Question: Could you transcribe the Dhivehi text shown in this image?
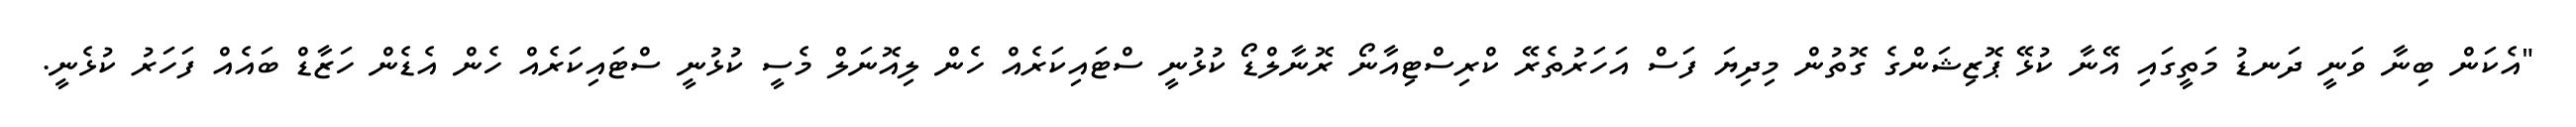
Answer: "އެކަން ބިނާ ވަނީ ދަނޑު މަތީގައި އޭނާ ކުޅޭ ޕޮޒިޝަންގެ ގޮތުން މިދިޔަ ފަސް އަހަރުތެރޭ ކްރިސްޓިއާނޯ ރޮނާލްޑޯ ކުޅުނީ ސްޓައިކަރެއް ހެން ލިއޮނަލް މެސީ ކުޅުނީ ސްޓައިކަރެއް ހެން އެޑެން ހަޒާޑް ބައެއް ފަހަރު ކުޅެނީ.